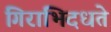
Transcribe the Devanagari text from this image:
गिराभिदधते